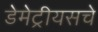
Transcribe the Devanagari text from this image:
डेमेट्रीयसचे